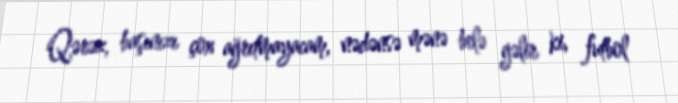
Qərəz, başınızı çox ağrıtmayacam, nədənsə mənə belə gəlir ki, futbol